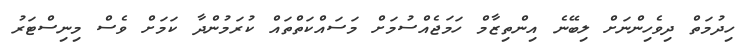
ހިދުމަތް ދިވެހިންނަށް ލިބޭނެ އިންތިޒާމް ހަމަޖެއްސުމަށް މަސައްކަތްތައް ކުރަމުންދާ ކަމަށް ވެސް މިނިސްޓަރު